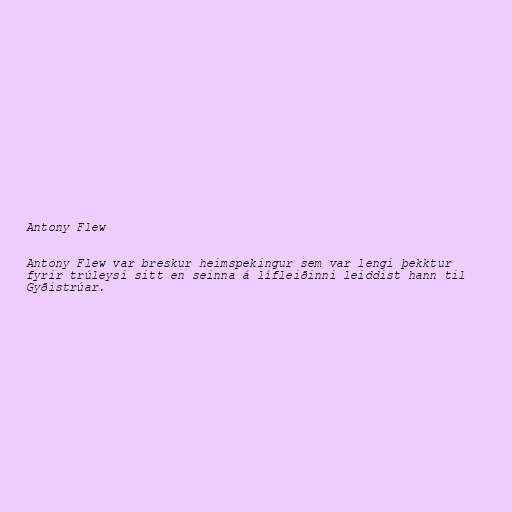
Antony Flew

Antony Flew var breskur heimspekingur sem var lengi þekktur
fyrir trúleysi sitt en seinna á lífleiðinni leiddist hann til
Gyðistrúar.